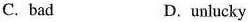
C. bad D.unlucky